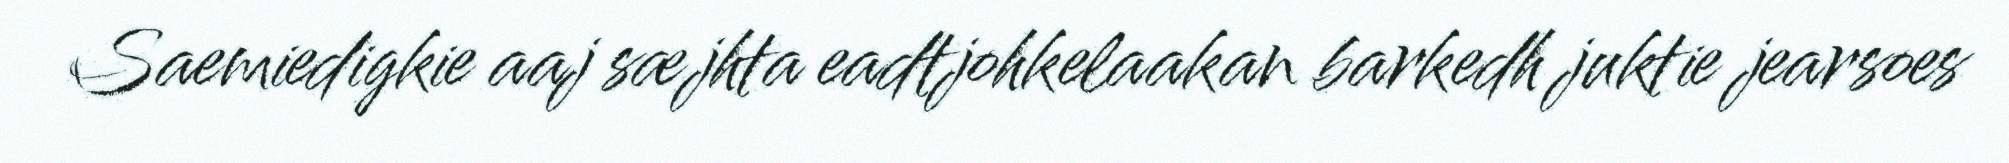
Saemiedigkie aaj sæjhta eadtjohkelaakan barkedh juktie jearsoes